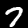
Digit: 7